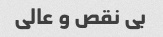
بی نقص و عالی